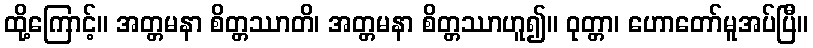
ထို့ကြောင့်။ အတ္တမနာ စိတ္တဿာတိ၊ အတ္တမနာ စိတ္တဿာဟူ၍။ ဝုတ္တာ၊ ဟောတော်မူအပ်ပြီ။